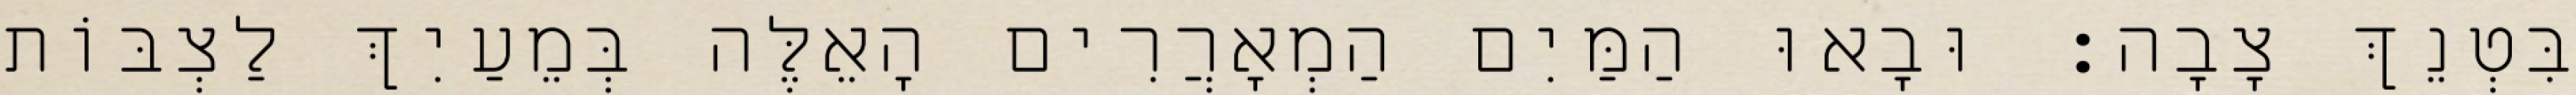
בִּטְנֵךְ צָבָה׃ וּבָאוּ הַמַּיִם הַמְאָרֲרִים הָאֵלֶּה בְּמֵעַיִךְ לַצְבּוֹת